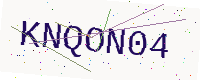
Text: KNQON04